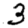
Digit: 3